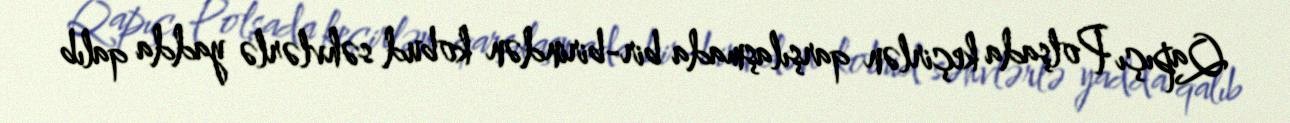
Qapıçı Polşada keçirlən qarşılaşmada bir-birindən kobud səhvlərlə yadda qalıb